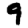
Digit: 9